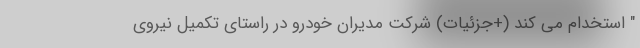
" استخدام می کند (+جزئیات) شرکت مدیران خودرو در راستای تکمیل نیروی